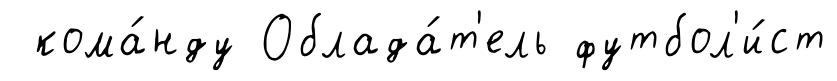
кома́нду Облада́т'ель футбол'и́ст